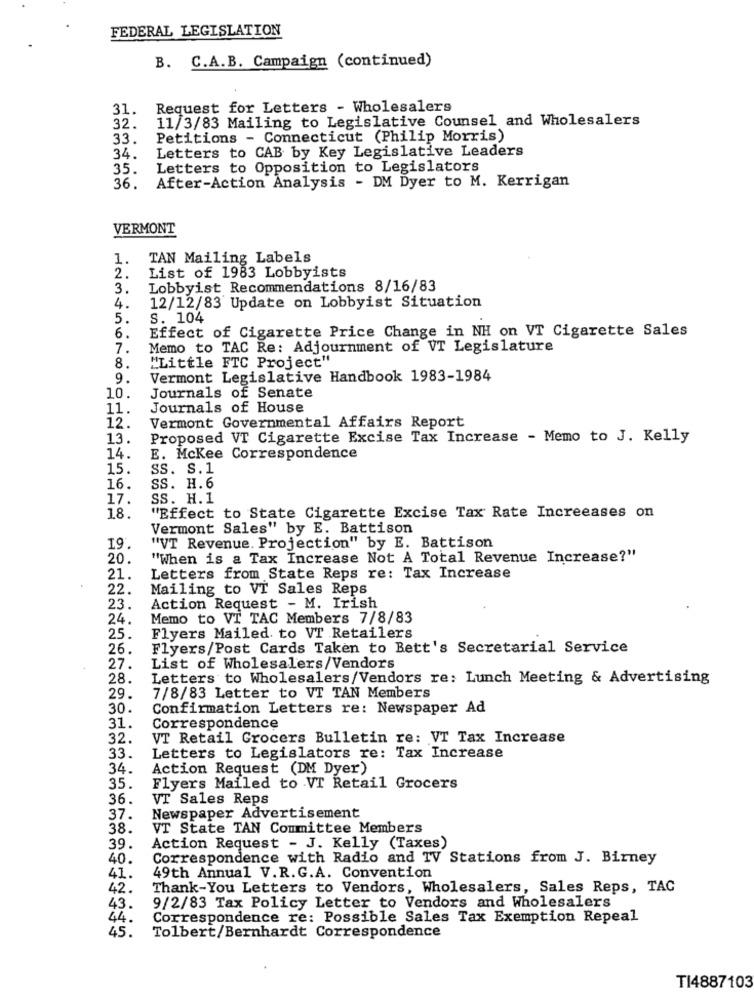
FEDERAL LEGISLATION
B. C.A.B. Campaign (continued)
31.
Request for Letters - Wholesalers
11/3/83 Mailing to Legislative Counsel and Wholesalers
32.
33.
Petitions - Connecticut (Philip Morris)
Letters to CAB by Key Legislative Leaders
34.
35.
Letters to Opposition to Legislators
36.
After-Action Analysis - DM Dyer to M. Kerrigan
VERMONT
1.
TAN Mailing Labels
2.
List of 1983 Lobbyists
3.
Lobbyist Recommendations 8/16/83
12/12/83 Update on Lobbyist Situation
4.
5.
S. 104
6.
Effect of Cigarette Price Change in NH on VT Cigarette Sales
7.
Memo to TAC Re: Adjournment of VT Legislature
8.
"Little FTC Project"
9.
Vermont Legislative Handbook 1983-1984
10.
Journals of Senate
11.
Journals of House
Vermont Governmental Affairs Report
12.
13.
Proposed VT Cigarette Excise Tax Increase - Memo to J. Kelly
14.
E. McKee Correspondence
15.
SS. S.1
16.
SS. H.6
17.
SS. H.1
18.
"Effect to State Cigarette Excise Tax Rate Increeases on
Vermont Sales" by E. Battison
19.
"VT Revenue. Projection" by E. Battison
20.
"When is a Tax Increase Not A Total Revenue Increase?"
21.
Letters from State Reps re: Tax Increase
22.
Mailing to VT Sales Reps
23.
Action Request - M. Irish
24.
Memo to VT TAC Members 7/8/83
25.
Flyers Mailed to VT Retailers
26.
Flyers/Post Cards Taken to Bett's Secretarial Service
27.
List of Wholesalers/Vendors
28.
Letters to Wholesalers/Vendors re: Lunch Meeting & Advertising
29.
7/8/83 Letter to VT TAN Members
30.
Confirmation Letters re: Newspaper Ad
31.
Correspondence
32.
VT Retail Grocers Bulletin re: VT Tax Increase
33.
Letters to Legislators re: Tax Increase
34.
Action Request (DM Dyer)
35.
Flyers Mailed to VT Retail Grocers
36.
VT Sales Reps
37.
Newspaper Advertisement
38.
VT State TAN Committee Members
39.
Action Request - J. Kelly (Taxes)
40.
Correspondence with Radio and TV Stations from J. Birney
41.
49th Annual V.R.G.A. Convention
42.
Thank-You Letters to Vendors, Wholesalers, Sales Reps, TAC
43.
9/2/83 Tax Policy Letter to Vendors and Wholesalers
44.
Correspondence re: Possible Sales Tax Exemption Repeal
45.
Tolbert/Bernhardt Correspondence
TI4887103